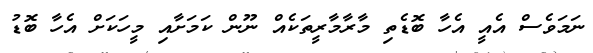
ނަމަވެސް އެއީ އެހާ ބޮޑެތި މާރާމާރީތަކެއް ނޫން ކަމަށާއި މީހަކަށް އެހާ ބޮޑު